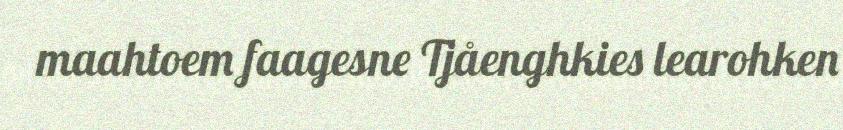
maahtoem faagesne Tjåenghkies learohken